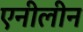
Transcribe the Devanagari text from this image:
एनीलीन